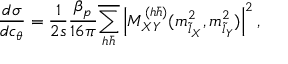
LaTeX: \frac { d \sigma } { d c _ { \theta } } = \frac 1 { 2 s } \frac { \beta _ { p } } { 1 6 \pi } \overline { { { \sum _ { h \bar { h } } } } } \left| { \cal M } _ { X Y } ^ { ( h \bar { h } ) } ( m _ { \tilde { l } _ { X } } ^ { 2 } , m _ { \tilde { l } _ { Y } } ^ { 2 } ) \right| ^ { 2 } ,